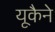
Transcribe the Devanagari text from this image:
यूकैने